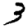
Digit: 3